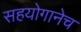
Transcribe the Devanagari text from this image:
सहयोगानेच